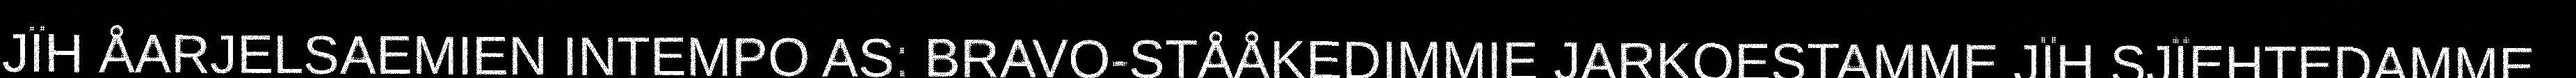
JÏH ÅARJELSAEMIEN INTEMPO AS: BRAVO-STÅÅKEDIMMIE JARKOESTAMME JÏH SJÏEHTEDAMME